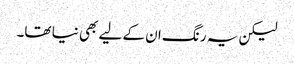
لیکن یہ رنگ ان کے لیے بھی نیا تھا۔